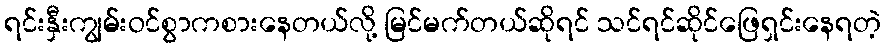
ရင်းနှီးကျွမ်းဝင်စွာကစားနေတယ်လို့ မြင်မက်တယ်ဆိုရင် သင်ရင်ဆိုင်ဖြေရှင်းနေရတဲ့